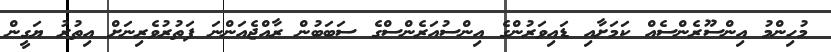
މުހިންމު އިންސޫރެންސެއް ކަމަށާއި ޑައިވަރުންގެ އިންސުއަރެންސްގެ ސަބަބުން ރާއްޖެއަންނަ ފަތުރުވެރިނަށް އިތުރު ޔަގީން